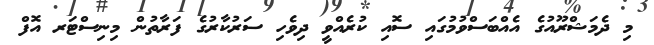
މި ދެމަޝްރޫއުގެ އެއްބަސްވުމުގައި ސޮއި ކުރެއްވީ ދިވެހި ސަރުކާރުގެ ފަރާތުން މިނިސްޓަރ އޮފް